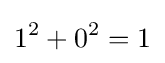
1^{2}+0^{2}=1